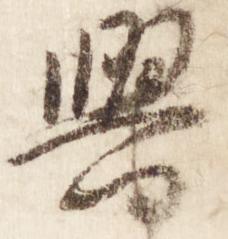
興